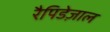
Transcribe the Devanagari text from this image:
रैपिडेज़ाल